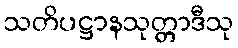
သတိပဋ္ဌာနသုတ္တာဒီသု